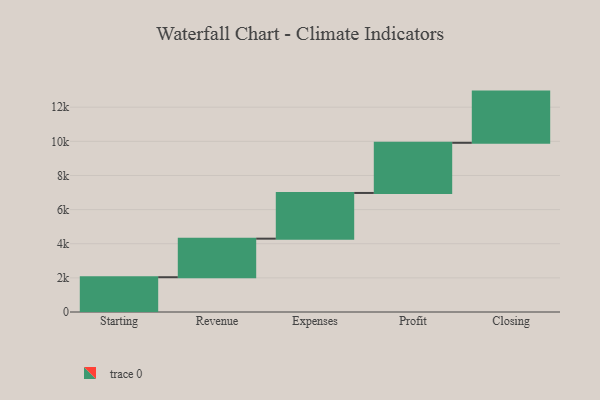
{"axis": {"x": "Step", "y": "Value"}, "legend": [""], "data": [{"x": "Starting", "y": 2038.0, "type": ""}, {"x": "Revenue", "y": 2259.0, "type": ""}, {"x": "Expenses", "y": 2678.0, "type": ""}, {"x": "Profit", "y": 2939.0, "type": ""}, {"x": "Closing", "y": 3000, "type": ""}]}